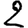
Digit: 2